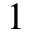
1